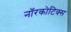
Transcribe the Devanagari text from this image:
नॉरकोटिक्स